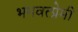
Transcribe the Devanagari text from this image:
भगवत्प्रेमी